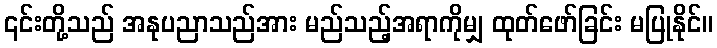
၎င်းတို့သည် အနုပညာသည်အား မည်သည့်အရာကိုမျှ ထုတ်ဖော်ခြင်း မပြုနိုင်။